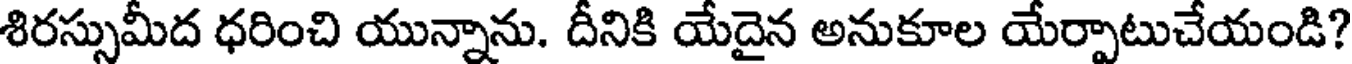
శిరస్సుమీద ధరించి యున్నాను. దీనికి యేదైన అనుకూల యేర్పాటుచేయండి?